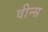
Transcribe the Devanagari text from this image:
वीन्स